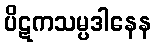
ပိဋကသမ္ပဒါနေန